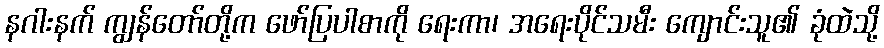
နဂါးနက် ကျွန်တော်တို့က ဖော်ပြပါစာကို ရေးကာ၊ အရေးပိုင်သမီး ကျောင်းသူ၏ ခုံထဲသို့